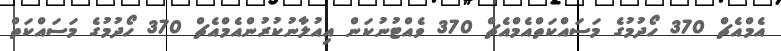
އެމްއެޗް 370 ހޯދުމުގެ މަސައްކަތްއެމްއެޗް 370 ވެއްޓުނުކަން އިއުލާނުކުރުންއެމްއެޗް 370 ހޯދުމުގެ މަސައްކަތް